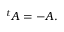
{ } ^ { t } A = - A .